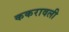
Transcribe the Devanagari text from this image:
ककरावली